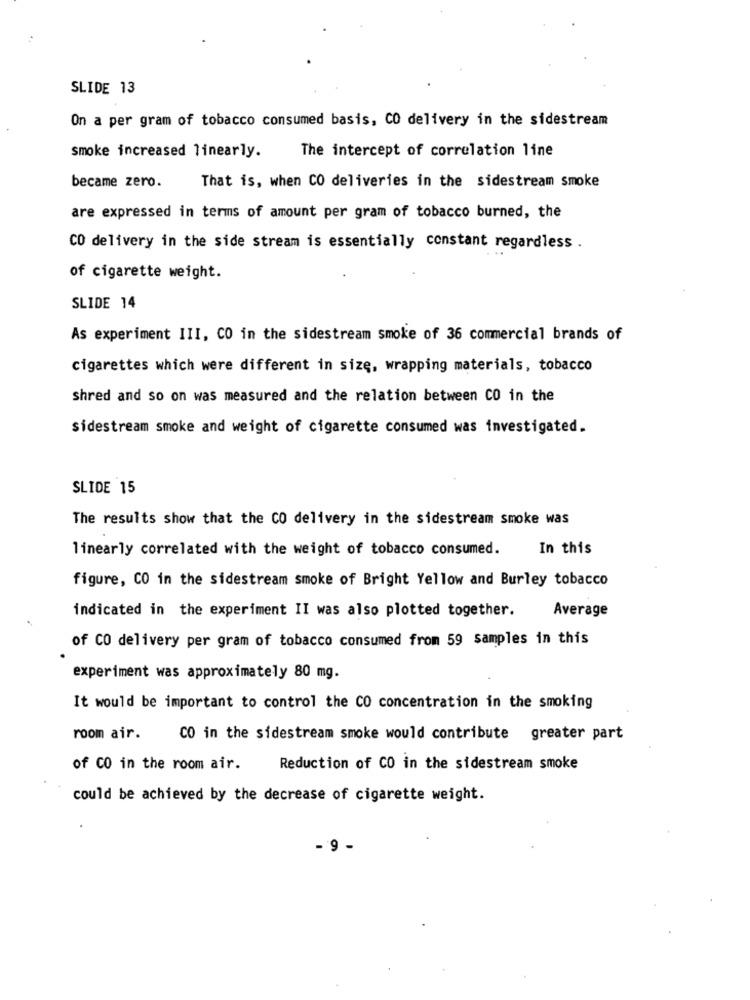
SLIDE 13
On a per gram of tobacco consumed basis, CO delivery in the sidestream
The intercept of correlation line
smoke increased linearly.
became zero.
That is, when CO deliveries in the sidestream smoke
are expressed in terms of amount per gram of tobacco burned, the
CO delivery in the side stream is essentially constant regardless .
of cigarette weight.
SLIDE 14
As experiment III, CO in the sidestream smoke of 36 commercial brands of
cigarettes which were different in size, wrapping materials, tobacco
shred and so on was measured and the relation between CO in the
sidestream smoke and weight of cigarette consumed was investigated.
SLIDE 15
The results show that the CO delivery in the sidestream smoke was
linearly correlated with the weight of tobacco consumed.
In this
figure, CO in the sidestream smoke of Bright Yellow and Burley tobacco
indicated in the experiment II was also plotted together.
Average
of CO delivery per gram of tobacco consumed from 59 samples in this
experiment was approximately 80 mg.
It would be important to control the CO concentration in the smoking
room air.
CO in the sidestream smoke would contribute greater part
of CO in the room air.
Reduction of CO in the sidestream smoke
could be achieved by the decrease of cigarette weight.
- 9-